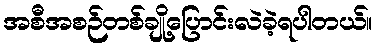
အစီအစဉ်တစ်ချို့ပြောင်းလဲခဲ့ရပါတယ်။